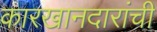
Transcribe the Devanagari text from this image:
कारखानदारांची